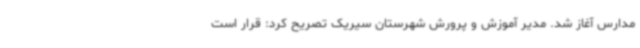
مدارس آغاز شد. مدیر آموزش و پرورش شهرستان سیریک تصریح کرد: قرار است